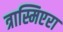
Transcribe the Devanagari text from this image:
त्रास्मिएरा